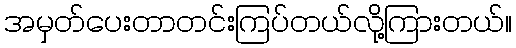
အမှတ်ပေးတာတင်းကြပ်တယ်လို့ကြားတယ်။